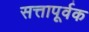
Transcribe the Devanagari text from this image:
सत्तापूर्वक